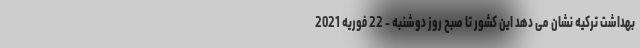
بهداشت ترکیه نشان می دهد این کشور تا صبح روز دوشنبه - 22 فوریه 2021